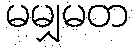
မမျှမတ